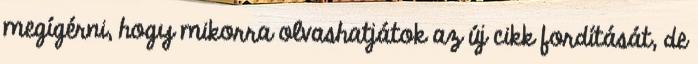
megígérni, hogy mikorra olvashatjátok az új cikk fordítását, de